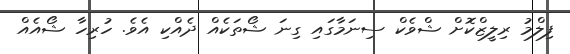
ފިލްމު ރިލީޒްކޮށް ޝްވެކް ސިނަމާގައި ގިނަ ޝޯތަކެއް ދެއްކި އެވެ. ހުރިހާ ޝޯއެއް